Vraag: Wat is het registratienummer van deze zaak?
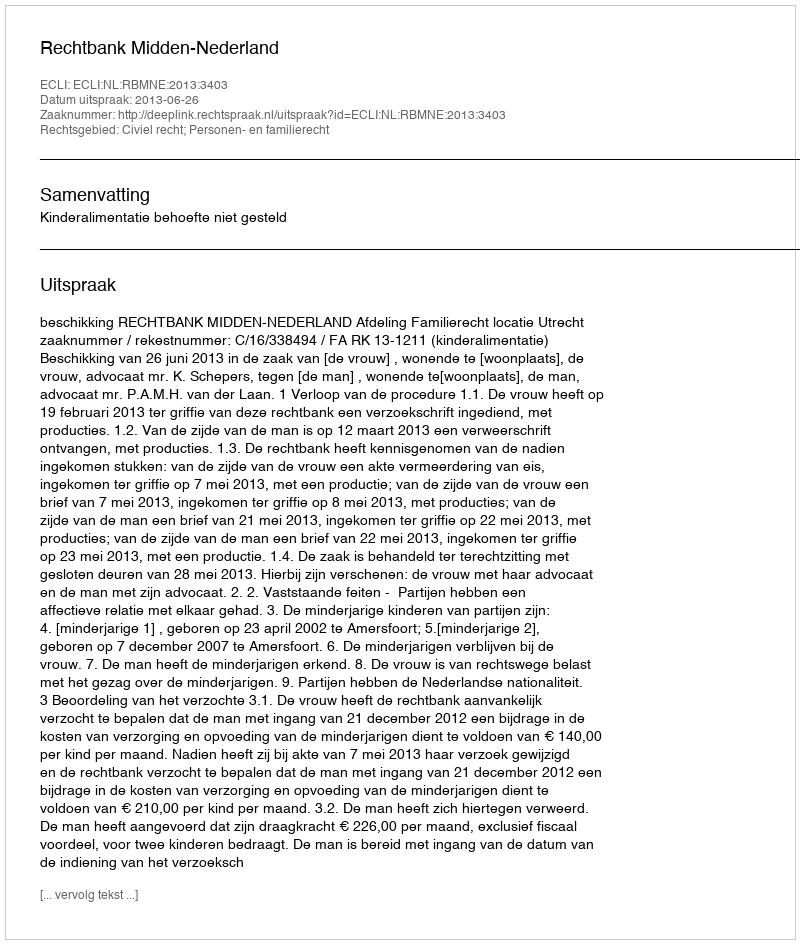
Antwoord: http://deeplink.rechtspraak.nl/uitspraak?id=ECLI:NL:RBMNE:2013:3403